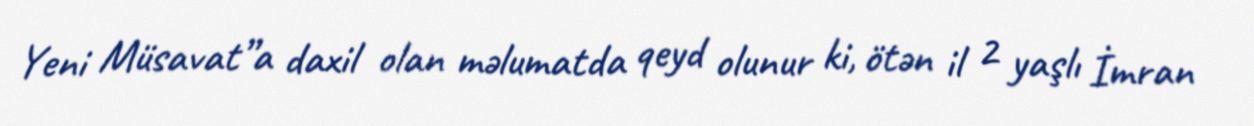
Yeni Müsavat”a daxil olan məlumatda qeyd olunur ki, ötən il 2 yaşlı İmran